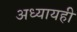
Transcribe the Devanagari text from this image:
अध्यायही